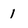
Character: 1